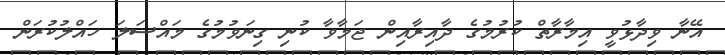
އޭނާ ވިދާޅުވީ އިމާރާތް ކުރުމުގެ ދާއިރާއިން ޖަމާވާ ކުނި ގިނަވުމުގެ މައްސަލަ ހައްލުކުރަން